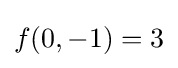
f(0,-1)=3